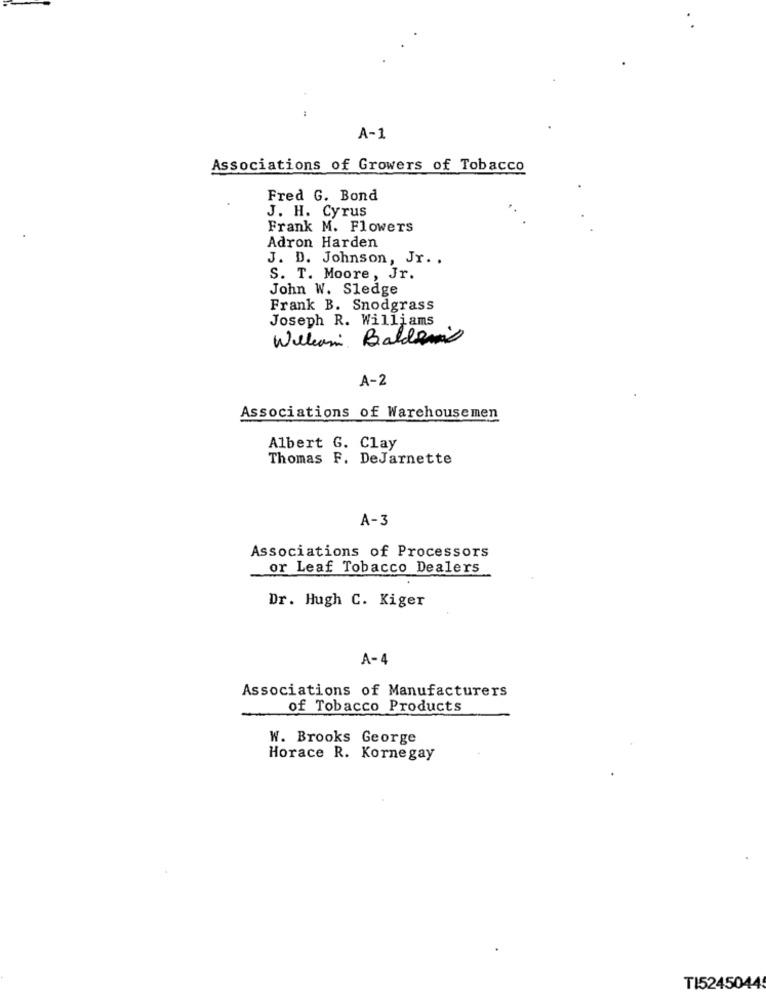
A-1
Associations of Growers of Tobacco
Fred G. Bond
J. H. Cyrus
Frank M. Flowers
Adron Harden
J. D. Johnson, Jr. .
S. T. Moore, Jr.
John W. Sledge
Frank B. Snodgrass
Joseph R. Williams
William Baldoni
A-2
Associations of Warehousemen
Albert G. Clay
Thomas F. DeJarnette
A-3
Associations of Processors
or Leaf Tobacco Dealers
Dr. Hugh C. Kiger
A-4
Associations of Manufacturers
of Tobacco Products
W. Brooks George
Horace R. Kornegay
TI5245044